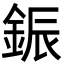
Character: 鋠